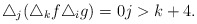
\begin{align*}\triangle_j(\triangle_kf\triangle_i g)=0 j>k+4.\end{align*}